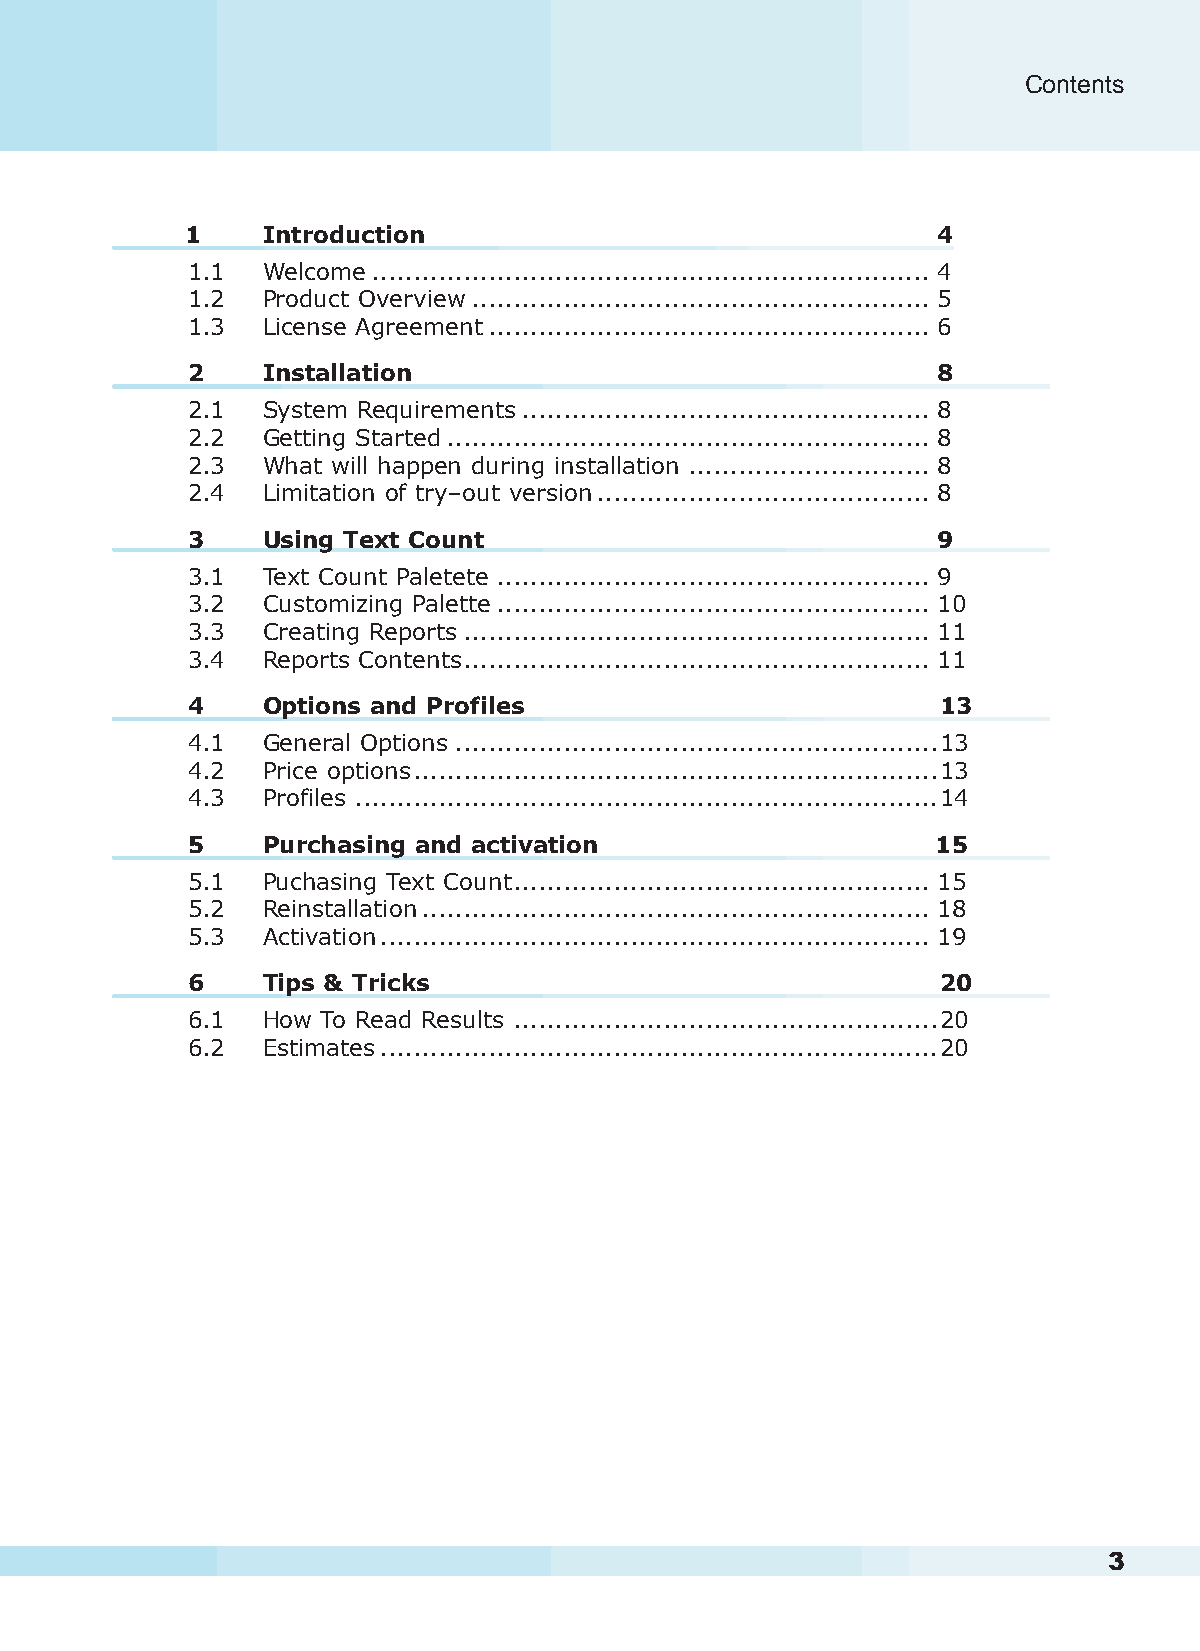
Contents
 1    Introduction                                 4
 1.1  Welcome................................................................... 4
 1.2  Product Overview....................................................... 5
 1.3  License Agreement..................................................... 6
 2    Installation                                 8
 2.1  System Requirements................................................. 8
 2.2  Getting Started.......................................................... 8
 2.3  What will happen during installation ............................. 8
 2.4  Limitation of try–out version........................................ 8
 3    Using Text Count                             9
 3.1  Text Count Paletete .................................................... 9
 3.2  Customizing Palette.................................................... 10
 3.3  Creating Reports........................................................ 11
 3.4  Reports Contents........................................................ 11
 4    Options and Profiles                         13
 4.1  General Options..........................................................13
 4.2  Price options...............................................................13
 4.3  Profiles ......................................................................14
 5    Purchasing and activation                    15
 5.1  Puchasing Text Count.................................................. 15
 5.2  Reinstallation............................................................. 18
 5.3  Activation.................................................................. 19
 6    Tips & Tricks                                20
 6.1  How To Read Results ...................................................20
 6.2  Estimates...................................................................20
 2                                                                        3